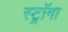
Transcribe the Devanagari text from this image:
स्ट्राॅमा